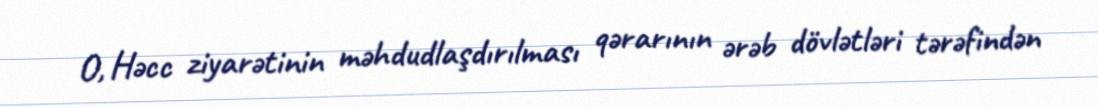
O, Həcc ziyarətinin məhdudlaşdırılması qərarının ərəb dövlətləri tərəfindən